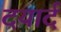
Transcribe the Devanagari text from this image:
दयार्द